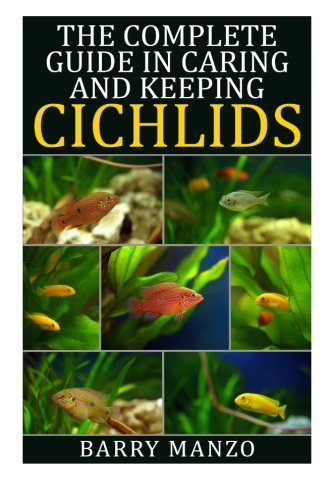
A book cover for The Complete Guide in Caring and Keeping Cichlids; Barry Manzo; Crafts, Hobbies & Home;